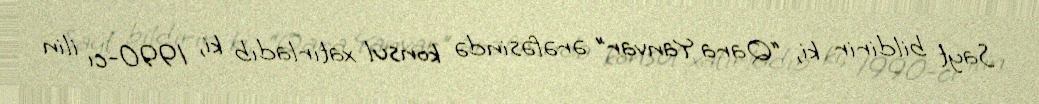
Sayt bildirir ki, “Qara Yanvar” ərəfəsində konsul xatırladıb ki, 1990-cı ilin